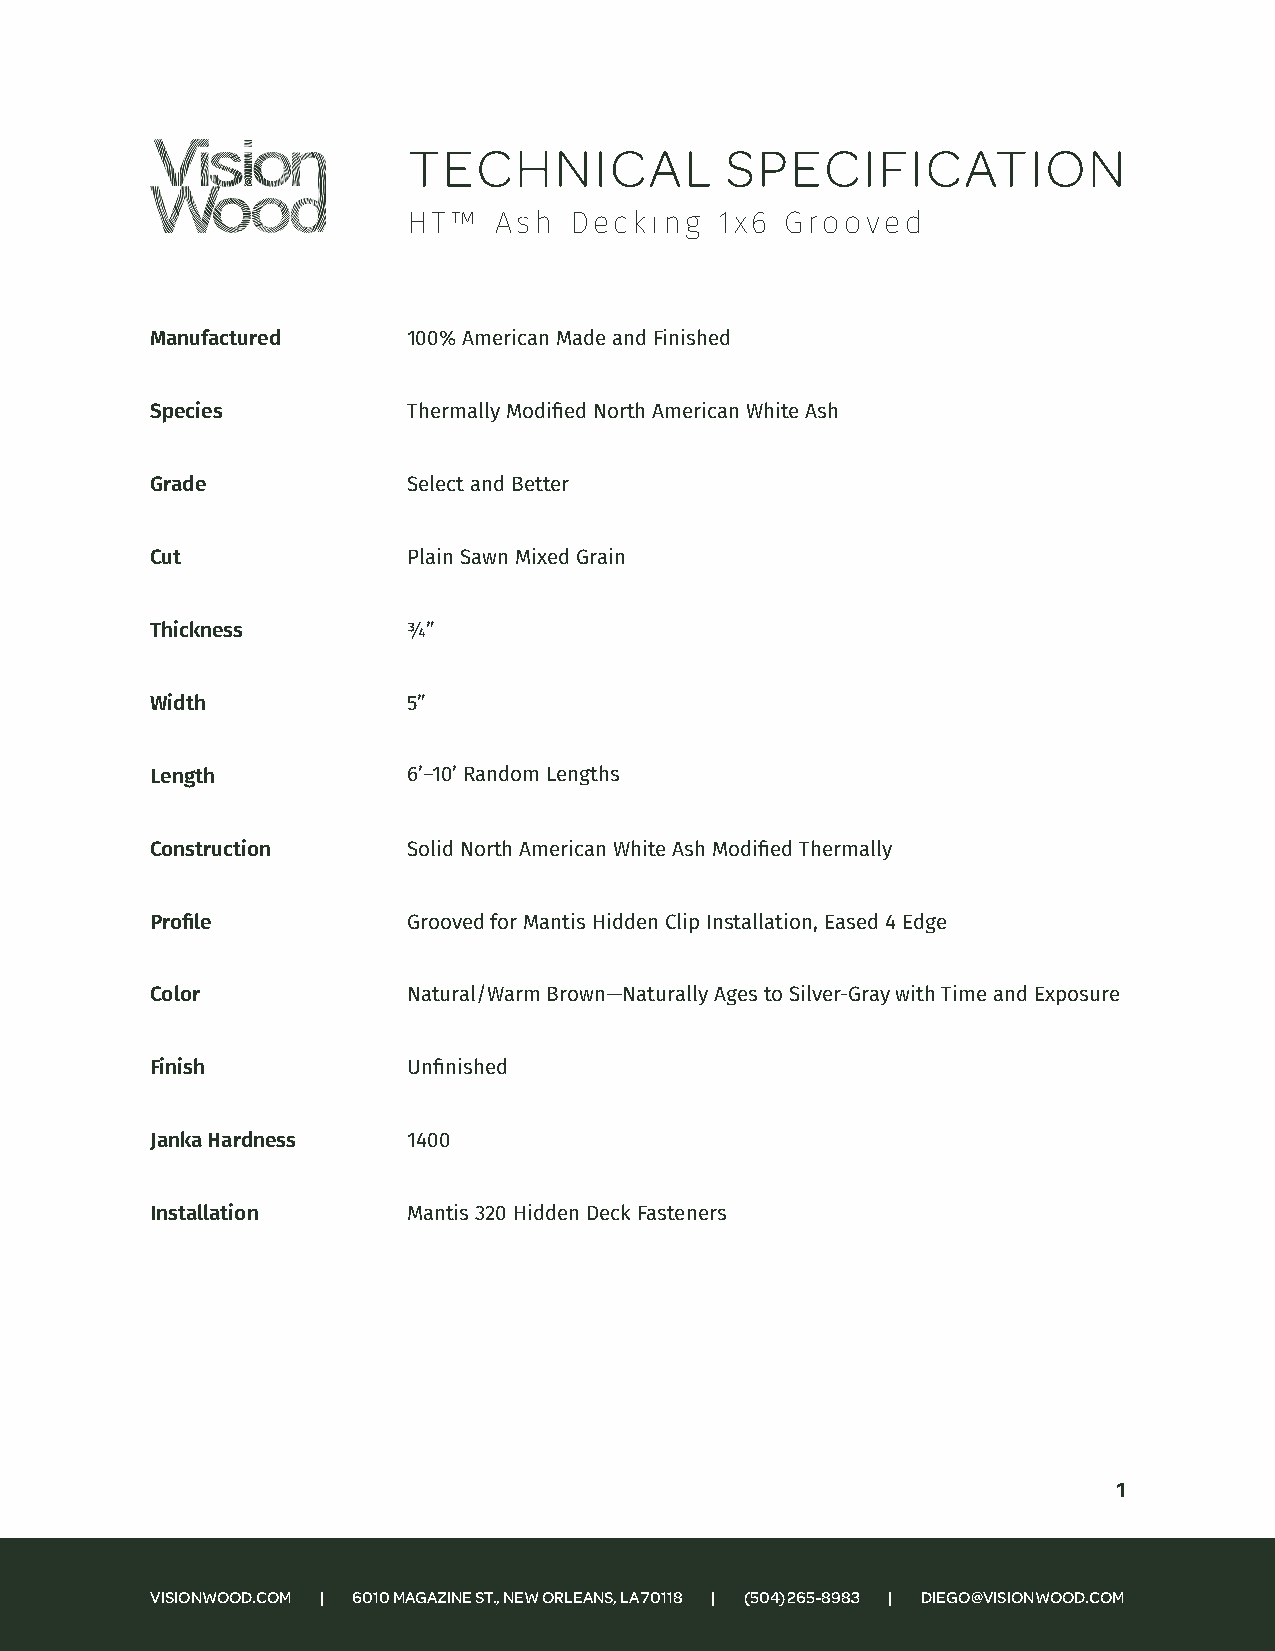
TECHNICAL            SPECIFICATION
 HT™   Ash  Decking   1x6 Grooved
 Manufactured     100% American Made and Finished
 Species          Thermally Modified North American White Ash
 Grade            Select and Better
 Cut              Plain Sawn Mixed Grain
 Thickness        3/4”
 Width            5”
 Length           6’–10’ Random Lengths
 Construction     Solid North American White Ash Modified Thermally
 Profile          Grooved for Mantis Hidden Clip Installation, Eased 4 Edge
 Color            Natural/Warm Brown—Naturally Ages to Silver-Gray with Time and Exposure
 Finish           Unfinished
 Janka Hardness   1400
 Installation     Mantis 320 Hidden Deck Fasteners
 1
 VISIONWOOD.COM | 6010 MAGAZINE ST., NEW ORLEANS, LA 70118 | (504) 265-8983 | DIEGO@VISIONWOOD.COM